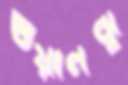
গুয়ানঝু